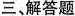
三、解答题